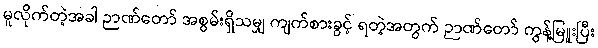
မူလိုက်တဲ့အခါ ဉာဏ်တော် အစွမ်းရှိသမျှ ကျက်စားခွင့် ရတဲ့အတွက် ဉာဏ်တော် ကွန့်မြူးပြီး